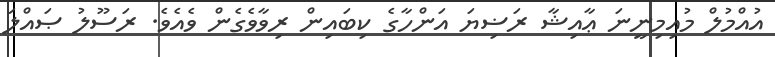
އުއްމުލް މުއިމިނީނަ ޢާއިޝާ ރަޟިޔަ އަންހާގެ ކިބައިން ރިވާވެގެން ވެއެވެ. ރަސޫލު ޞައްލަ